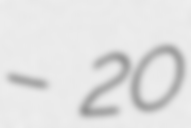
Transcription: – 20